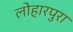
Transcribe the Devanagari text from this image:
लोहारपुरा